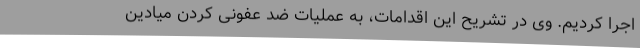
اجرا کردیم. وی در تشریح این اقدامات، به عملیات ضد عفونی کردن میادین